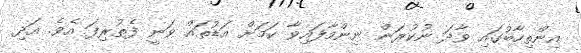
އިންތިހާބުގައި ވާދަ ނުކުރަން ނިންމާފައިވާ ކަމަށް އަޑުތައް ވަނީ ފެތުރިފަ އެވެ. އަދި